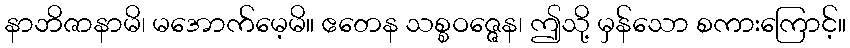
နာဘိဇာနာမိ၊ မအောက်မေ့မိ။ ဧတေန သစ္စဝဇ္ဇေန၊ ဤသို့ မှန်သော စကားကြောင့်။